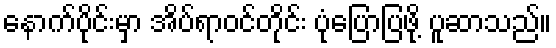
နောက်ပိုင်းမှာ အိပ်ရာဝင်တိုင်း ပုံပြောပြဖို့ ပူဆာသည်။